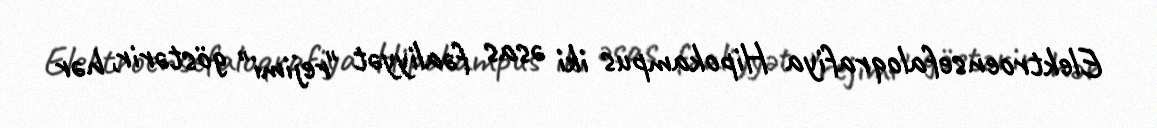
Elektroensefaloqrafiya Hipokampus iki əsas fəaliyyət "rejimi" göstərir, hər